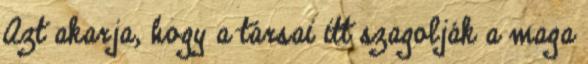
Azt akarja, hogy a társai itt szagolják a maga